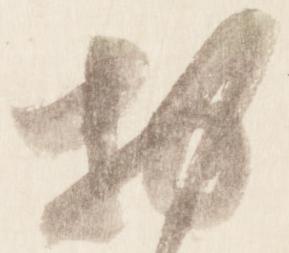
於